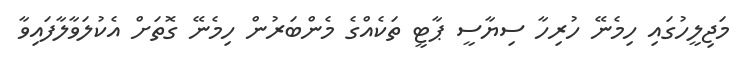
މަޖިލީހުގައި ހިމެނޭ ހުރިހާ ސިޔާސީ ޕާޓީ ތަކެއްގެ މެންބަރުން ހިމެނޭ ގޮތަށް އެކުލަވާލާފައިވާ